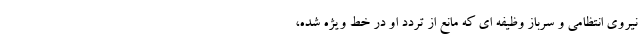
نیروی انتظامی و سرباز وظیفه ای که مانع از تردد او در خط ویژه شده،